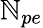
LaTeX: \mathbb{N}_{pe}